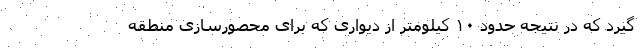
گیرد که در نتیجه حدود ۱۰ کیلومتر از دیواری که برای محصورسازی منطقه